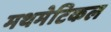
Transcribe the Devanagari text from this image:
मथमेटिकल